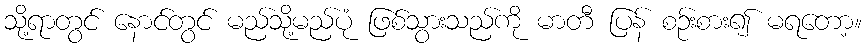
သို့ရာတွင် နောင်တွင် မည်သို့မည်ပုံ ဖြစ်သွားသည်ကို မာတီ ပြန် စဉ်းစား၍ မရတော့။